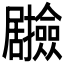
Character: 𭕽